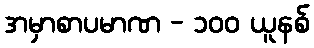
အမှာစာပမာဏ - ၁၀၀ ယူနစ်